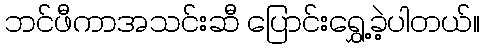
ဘင်ဖီကာအသင်းဆီ ပြောင်းရွှေ့ခဲ့ပါတယ်။